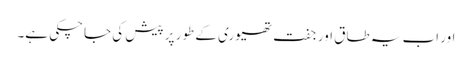
اور اب یہ طاق اور جفت تھیوری کے طور پر پیش کی جاچکی ہے۔